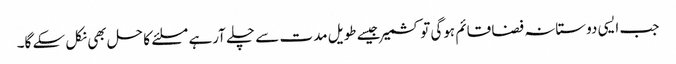
جب ایسی دوستانہ فضا قائم ہوگی تو کشمیر جیسے طویل مدت سے چلے آرہے مسلئے کا حل بھی نکل سکے گا۔